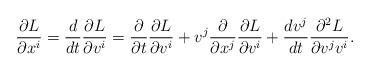
LaTeX: \begin{align*} \frac{\partial L}{\partial x^i}=\frac{d}{dt}\frac{\partial L}{\partial v^i}=\frac{\partial}{\partial t}\frac{\partial L}{\partial v^i}+v^j\frac{\partial}{\partial x^j}\frac{\partial L}{\partial v^i}+\frac{dv^j}{dt}\frac{\partial^2 L}{\partial v^j v^i}.\end{align*}